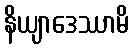
နိယျာဒေဿာမိ